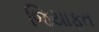
જિયાફત